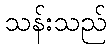
သန်းသည်